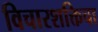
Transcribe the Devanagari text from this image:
विचारशक्तिचा